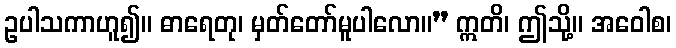
ဥပါသကာဟူ၍။ ဓာရေတု၊ မှတ်တော်မူပါလော။” ဣတိ၊ ဤသို့။ အဝေါစ၊